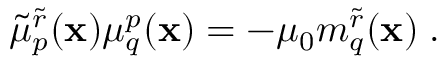
\tilde { \mu } _ { p } ^ { \tilde { r } } ( { \bf x } ) \mu _ { q } ^ { p } ( { \bf x } ) = - \mu _ { 0 } m _ { q } ^ { \tilde { r } } ( { \bf x } ) \; .